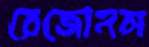
রেজোনন্স